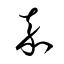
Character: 嘉